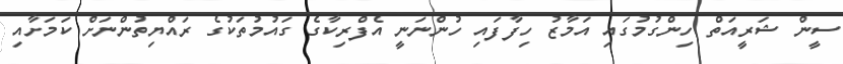
ސީން ޝަރީއަތް ހިންގުމުގައި އަމާޒު ހިފާފައި ހުންނަނީ އެފްރިކާގެ ގައުމުތަކުގެ ރައްޔިތުންނަށް ކަމަށާއި